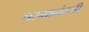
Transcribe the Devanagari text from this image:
परमानंदजी